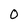
Character: O